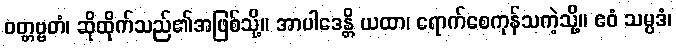
ဝတ္တဗ္ဗတံ၊ ဆိုထိုက်သည်၏အဖြစ်သို့။ အာပါဒေန္တိ ယထာ၊ ရောက်စေကုန်သကဲ့သို့။ ဧဝံ သမ္ပဒံ၊